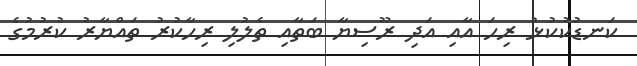
ކަނޑުކުކުޅު ރިހަ އާއި އަދި ރޫސިޔާ ބަތާއި ތެލުލި ރިހާކުރު ތައްޔާރު ކުރުމުގެ